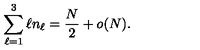
\sum _ { \ell = 1 } ^ { 3 } \ell n _ { \ell } = \frac { N } { 2 } + o ( N ) .